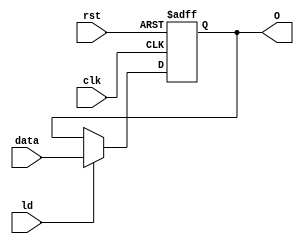
module stageRegister #(parameter size=8) (input clk, ld, rst, input [size-1:0]data, output reg [size-1:0]O);
  //reg [size-1:0]temp;
  always @(posedge clk, posedge rst) begin
    if(rst)
	  O <= {(size){1'b0}};
	else if(ld)
      O <= data;
  end
endmodule